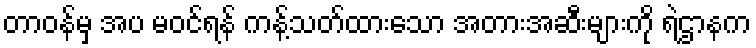
တာဝန်မှ အပ မဝင်ရန် ကန့်သတ်ထားသော အတားအဆီးများကို ရဲဌာနက